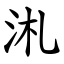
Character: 㳐